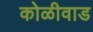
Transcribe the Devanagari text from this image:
कोळीवाड